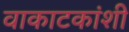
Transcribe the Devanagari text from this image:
वाकाटकांशी